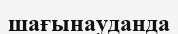
шағынауданда